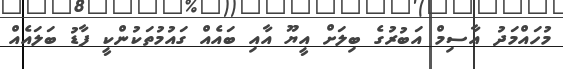
މުހައްމަދު އާސިމް އަބުރުގެ ބިލަށް އީޔޫ އާއި ބައެއް ގައުމުތަކުންކީ ފާޑު ބަލައެއް